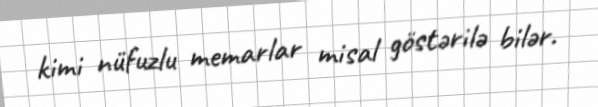
kimi nüfuzlu memarlar misal göstərilə bilər.